Civil Veterinary Department. United Provinces 1932-42 - 1932-1942
Year: 1932
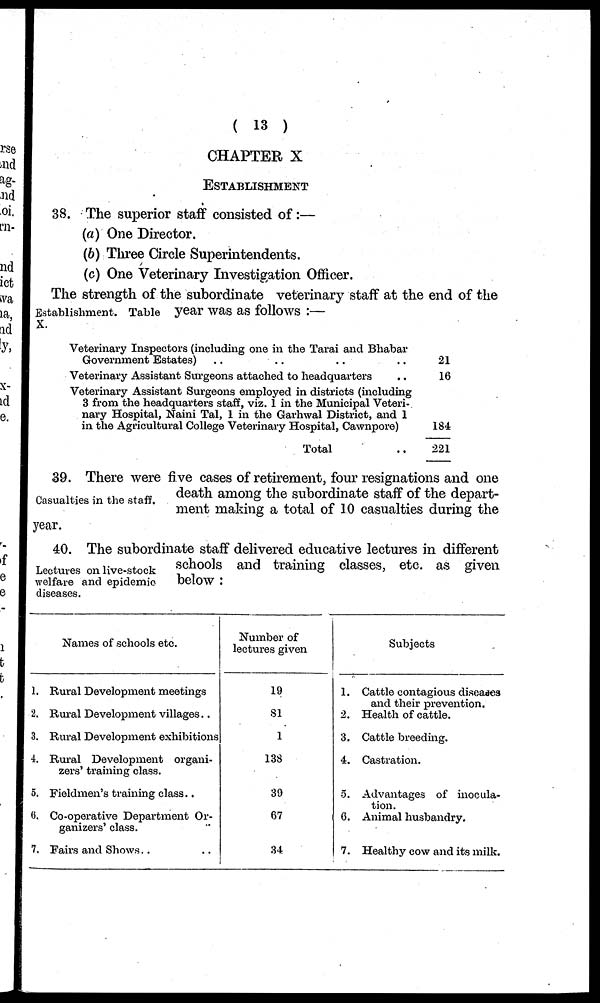
(13)
CHAPTER X
ESTABLISHMENT
38. The superior staff consisted of:—
(a) One Director.
(b) Three Circle Superintendents.
(c) One Veterinary Investigation Officer.
Establishment.
X.
The strength of the subordinate veterinary staff at the end of the
Table year was as follows:—
Veterinary Inspectors (including one in the Tarai and Bhabar
Government Estates) .. .. .. ..
Veterinary Assistant Surgeons attached to headquarters ..
Veterinary Assistant Surgeons employed in districts (including
3 from the headquarters staff, viz. 1 in the Municipal Veteri-
nary Hospital, Naini Tal, 1 in the Garhwal District, and 1
in the Agricultural College Veterinary Hospital, Cawnpore)
Total ..
21
16
184
221
Casualties in the staff.
39. There were five cases of retirement, four resignations and one
death among the subordinate staff of the depart-
ment making a total of 10 casualties during the
year.
Lectures on live-stock
welfare and epidemic
diseases.
40. The subordinate staff delivered educative lectures in different
schools and training classes, etc. as given
below:
1.
2.
3.
4.
5.
6.
7.
Names of schools etc.
Rural Development meetings
Rural Development villages..
Rural Development exhibitions
Rural Development organi-
zers' training class.
Fieldmen's training class..
Co-operative Department Or-
ganizers' class.
Fairs and Shows.. ..
Number of
lectures given
19
81
1
138
39
67
34
1.
2.
3.
4.
5.
6.
7.
Subjects
Cattle contagious discases
and their prevention.
Health of cattle.
Cattle breeding.
Castration.
Advantages of inocula-
tion.
Animal husbandry.
Healthy cow and its milk.